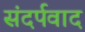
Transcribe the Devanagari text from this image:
संदर्पवाद